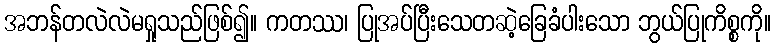
အဘန်တလဲလဲမရှုသည်ဖြစ်၍။ ကတဿ၊ ပြုအပ်ပြီးသေတဆဲ့ခြေခံပါးသော ဘွယ်ပြုကိစ္စကို။